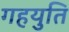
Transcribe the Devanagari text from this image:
गहयुति